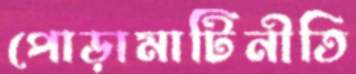
পোড়ামাটিনীতি